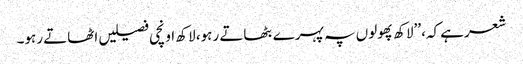
شعرہے کہ، ’’لاکھ پھولوں پہ پہرے بٹھاتے رہو، لاکھ اونچی فصیلیں اٹھاتے رہو۔